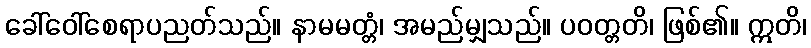
ခေါ်ဝေါ်စေရာပညတ်သည်။ နာမမတ္တံ၊ အမည်မျှသည်။ ပဝတ္တတိ၊ ဖြစ်၏။ ဣတိ၊